画像に写った文字を読んでください
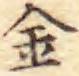
「金」と書いてあります